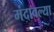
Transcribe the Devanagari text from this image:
मंदावल्या